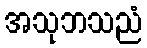
အသုဘသညံ